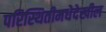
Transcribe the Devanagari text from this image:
परिस्थितीमधेदेखील